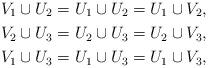
LaTeX: \begin{align*}V_1 \cup U_2 = U_1 \cup U_2 = U_1 \cup V_2, \\V_2 \cup U_3 = U_2 \cup U_3 = U_2 \cup V_3, \\V_1 \cup U_3 = U_1 \cup U_3 = U_1 \cup V_3, \end{align*}